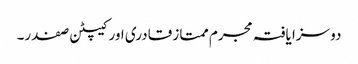
دو سزا یافتہ مجرم ممتاز قادری اور کیپٹن صفدر۔